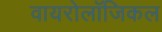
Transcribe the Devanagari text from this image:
वायरोलॉजिकल